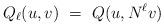
LaTeX: \begin{align*} Q_\ell(u,v) \ = \ Q(u , N^\ell v)\end{align*}